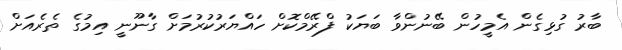
ބާރު ގުޅިގެން އެމީހުން ބޭނުންވާ ބަޔަކު ފްރޭމްކޮށް ހައްޔަރުކުރުމަށް ގާނޫނީ އިމުގެ ތެރެއަށް